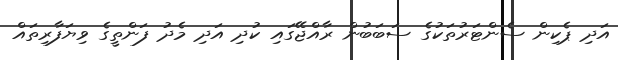
އަދި ޕެކިން ސެންޓަރުތަކުގެ ސަބަބުން ރާއްޖޭގައި ކުދި އަދި މެދު ފަންތީގެ ވިޔަފާރިތައް